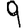
Digit: 9